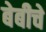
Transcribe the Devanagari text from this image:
बेबीचे